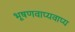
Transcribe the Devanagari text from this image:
भूषणवाप्यवाप्य